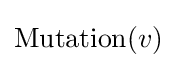
\operatorname {Mutation} (v)